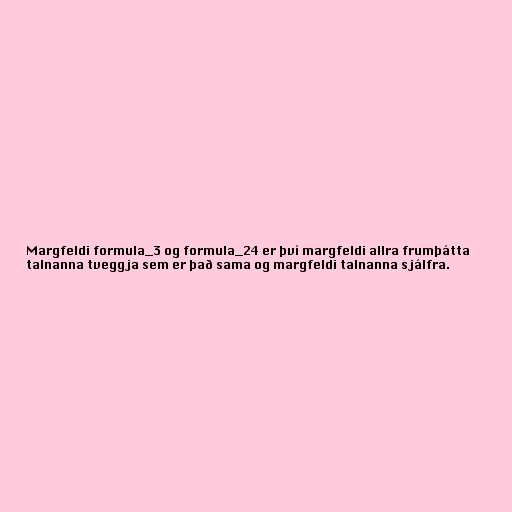
Margfeldi formula_3 og formula_24 er því margfeldi allra frumþátta
talnanna tveggja sem er það sama og margfeldi talnanna sjálfra.